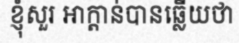
ខ្ញុំសួរ អាក្តាន់បានឆ្លើយថា